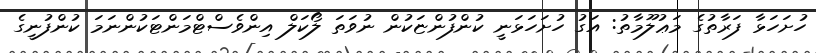
ހުށަހަޅާ ފަރާތުގެ މަޢުލޫމާތު: އަގު ހުށަހަޅަނީ ކުންފުންޏަކުން ނުވަތަ ލޯކަލް އިންވެސްޓްމަންޓަކުންނަމަ ކުންފުނީގެ